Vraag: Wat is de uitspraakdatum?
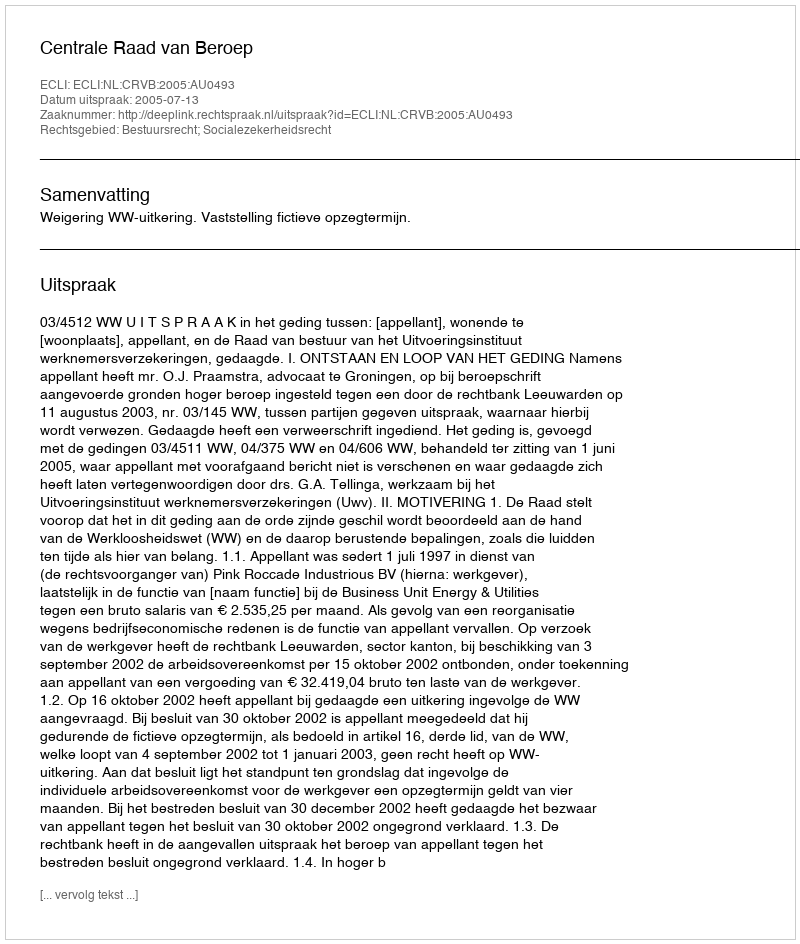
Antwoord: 2005-07-13